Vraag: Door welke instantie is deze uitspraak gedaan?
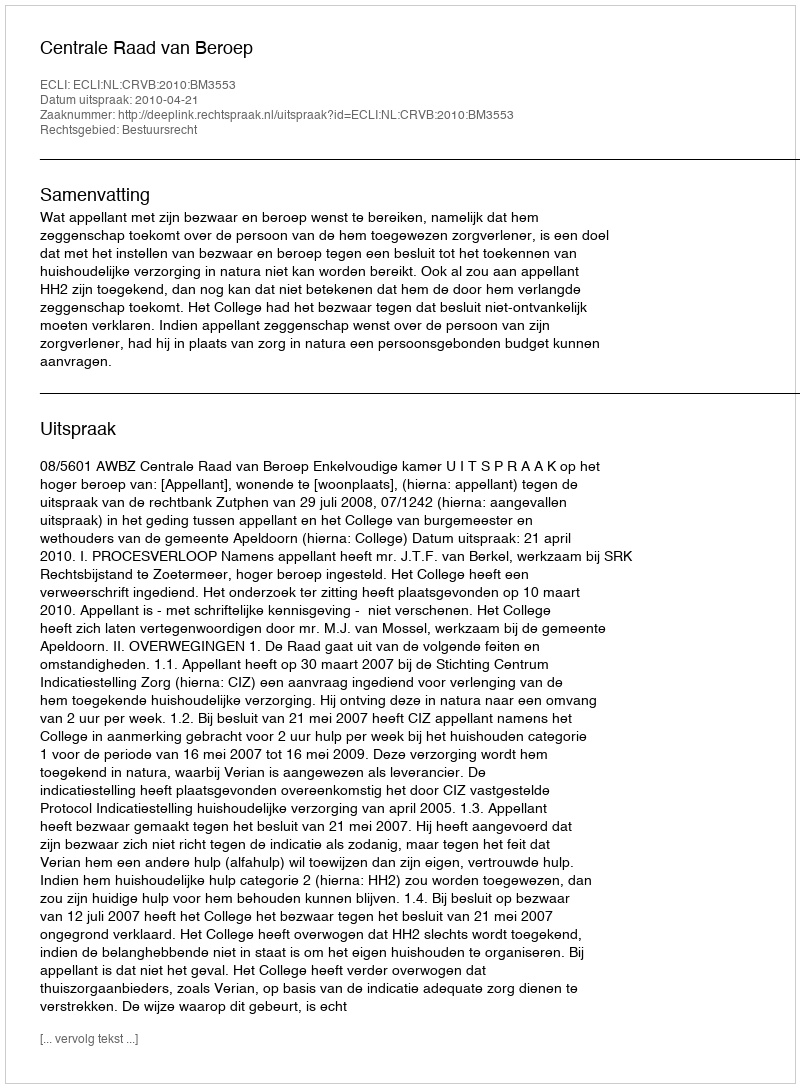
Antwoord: Centrale Raad van Beroep